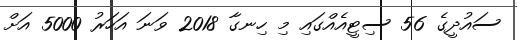
ސައުދީގެ 56 ސިޓީއެއްގައި މި ހިނގާ 2018 ވަނަ އަހަރު 5000 އަށް